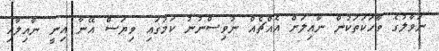
ނަވާލުގެ ވާހަކަތަކުން ނާއިލަށް އެއްޗެއް ނުވިސްނުނު ކަމުގައި ވިޔަސް އޭނާ އިނީ ނާއިލާއި